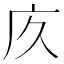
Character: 㡱